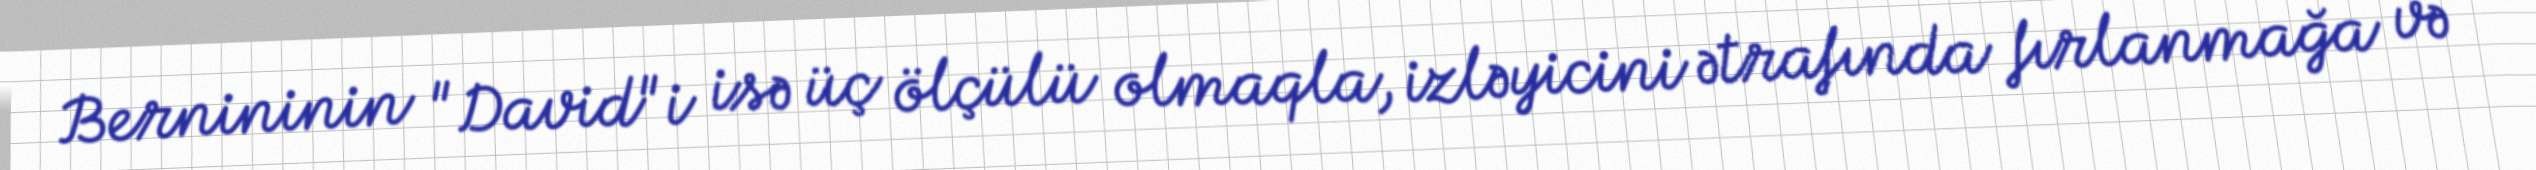
Bernininin "David"i isə üç ölçülü olmaqla, izləyicini ətrafında fırlanmağa və